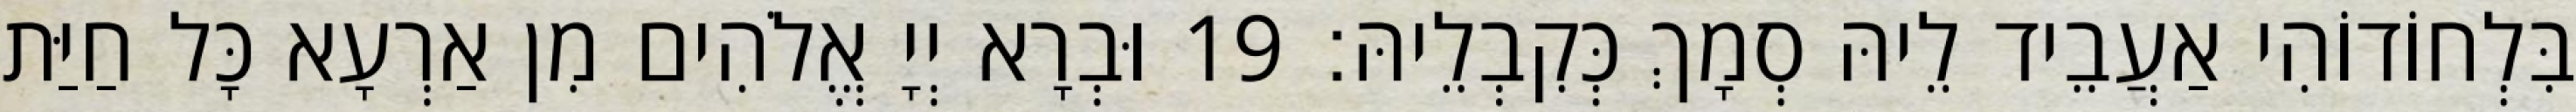
בִּלְחוֹדוֹהִי אַעֲבֵיד לֵיהּ סְמָךְ כְּקִבְלֵיהּ׃ 19 וּבְרָא יְיָ אֱלֹהִים מִן אַרְעָא כָּל חַיַּת